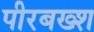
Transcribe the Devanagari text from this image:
पीरबख्श